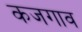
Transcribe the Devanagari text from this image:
कजगाव